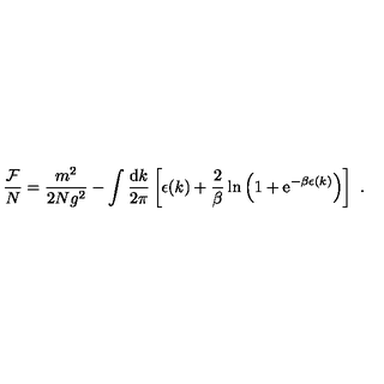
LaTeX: \frac { { \cal F } } { N } = \frac { m ^ { 2 } } { 2 N g ^ { 2 } } - \int \frac { \mathrm { d } k } { 2 \pi } \left[ \epsilon ( k ) + \frac { 2 } { \beta } \ln \left( 1 + \mathrm { e } ^ { - \beta \epsilon ( k ) } \right) \right] \ .